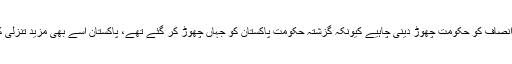
پھر تو تحریک انصاف کو حکومت چھوڑ دینی چاہیے کیونکہ گزشتہ حکومت پاکستان کو جہاں چھوڑ کر گئے تھے، پاکستان اُسے بھی مزید تنزلی کا شکار ہوا ہے۔